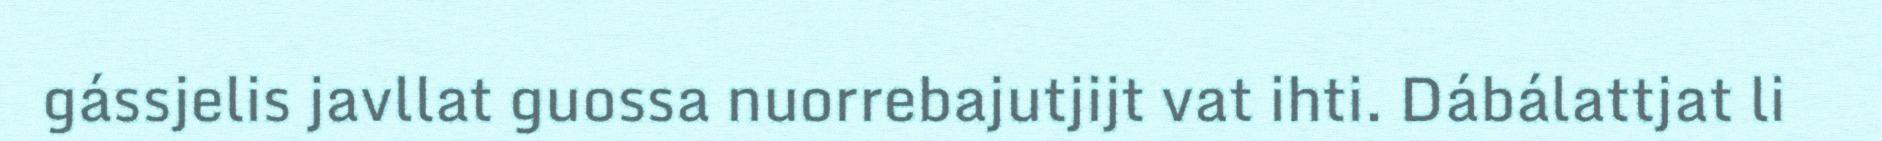
gássjelis javllat guossa nuorrebajutjijt vat ihti. Dábálattjat li